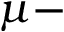
\mu -